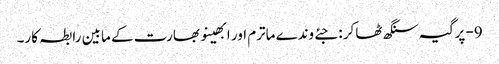
9- پرگیہ سنگھ ٹھاکر : جئے وندے ماترم اور ابھینو بھارت کے مابین رابطہ کار۔